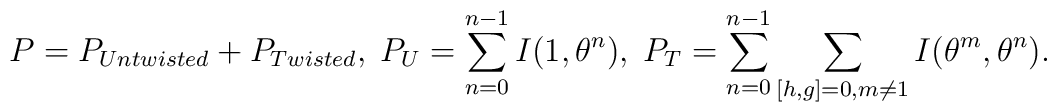
P =P_{Untwisted} + P_{Twisted},\;P_U = \sum_{n=0}^{n-1} I(1,\theta^n),\;P_T=\sum_{n=0}^{n-1} \sum_{[h,g]=0,m \neq 1} I(\theta^m, \theta^n).